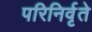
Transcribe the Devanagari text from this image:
परिनिर्वृते